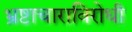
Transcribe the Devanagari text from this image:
भ्रष्टाचाराविरोधी